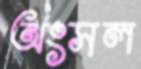
অংসল